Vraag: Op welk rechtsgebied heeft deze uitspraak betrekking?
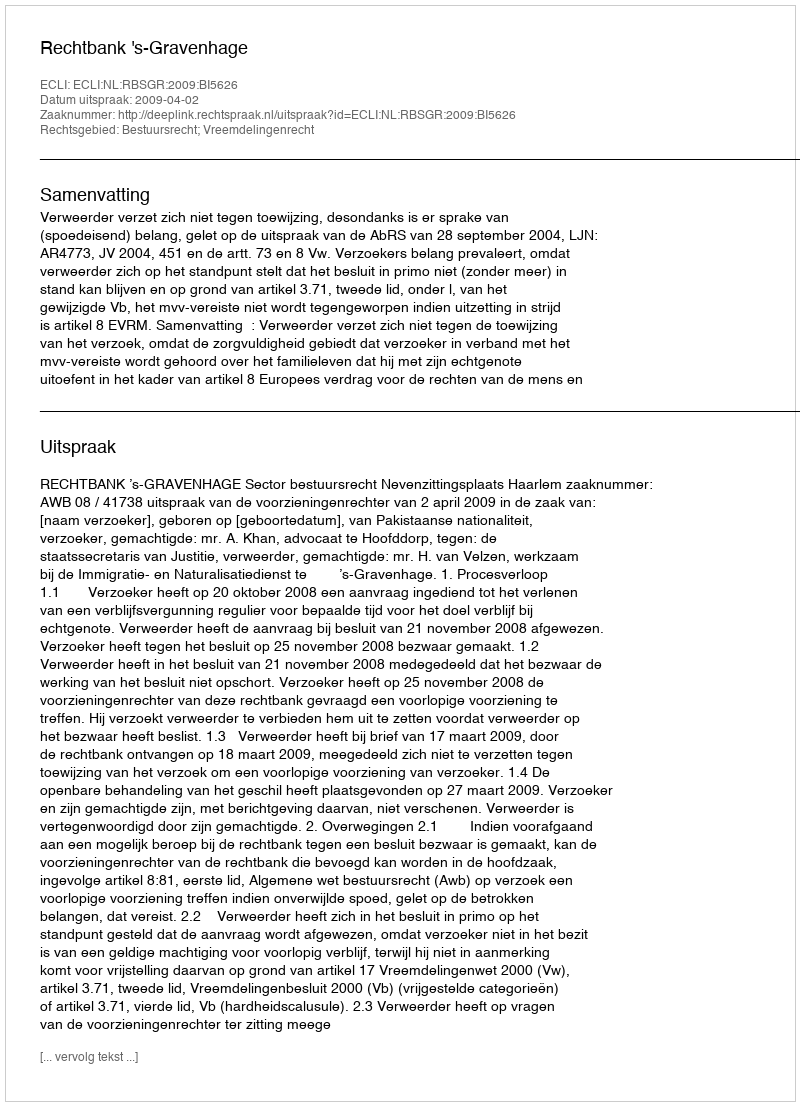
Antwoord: Bestuursrecht; Vreemdelingenrecht